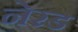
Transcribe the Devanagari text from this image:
नेरड